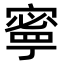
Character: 𫝱